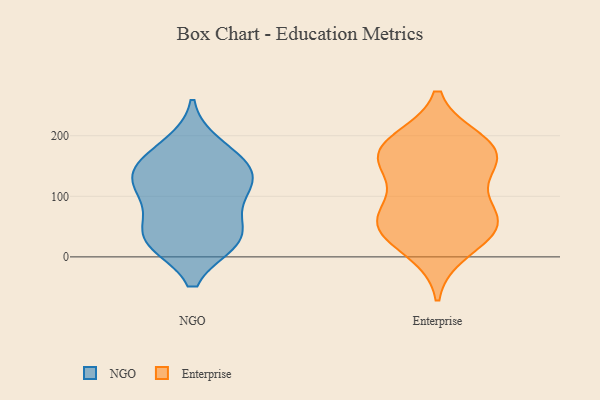
{"axis": {"x": "Production Output", "y": "Value"}, "legend": ["Enterprise", "NGO"], "data": [{"x": "", "y": 183, "type": "NGO"}, {"x": "", "y": 156, "type": "NGO"}, {"x": "", "y": 33, "type": "NGO"}, {"x": "", "y": 152, "type": "NGO"}, {"x": "", "y": 121, "type": "NGO"}, {"x": "", "y": 27, "type": "NGO"}, {"x": "", "y": 126, "type": "NGO"}, {"x": "", "y": 120, "type": "NGO"}, {"x": "", "y": 87, "type": "NGO"}, {"x": "", "y": 35, "type": "NGO"}, {"x": "", "y": 28, "type": "NGO"}, {"x": "", "y": 170, "type": "Enterprise"}, {"x": "", "y": 73, "type": "Enterprise"}, {"x": "", "y": 190, "type": "Enterprise"}, {"x": "", "y": 49, "type": "Enterprise"}, {"x": "", "y": 63, "type": "Enterprise"}, {"x": "", "y": 164, "type": "Enterprise"}, {"x": "", "y": 47, "type": "Enterprise"}, {"x": "", "y": 11, "type": "Enterprise"}, {"x": "", "y": 181, "type": "Enterprise"}, {"x": "", "y": 167, "type": "Enterprise"}, {"x": "", "y": 57, "type": "Enterprise"}, {"x": "", "y": 130, "type": "Enterprise"}]}